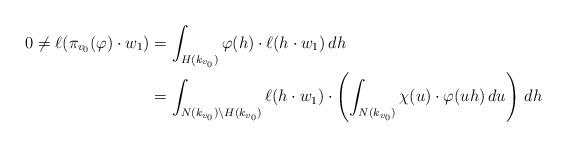
LaTeX: \begin{align*} 0 \ne \ell (\pi_{v_0}(\varphi) \cdot w_1) & = \int_{H(k_{v_0})} \varphi(h) \cdot \ell(h \cdot w_1) \, dh \\ &= \int_{N(k_{v_0}) \backslash H(k_{v_0})} \ell (h \cdot w_1) \cdot\left( \int_{N(k_{v_0})} \chi(u)\cdot \varphi(uh) \, du \right) \, dh \end{align*}